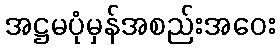
အဋ္ဌမပုံမှန်အစည်းအဝေး